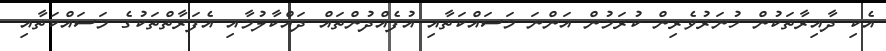
އެކި ދާއިރާތަކުން ހުނަރުވެރިން ކުރަމުން އަންނަ މަސައްކަތާއި އުފެއްދުންތައް ދައްކާލުމާއި އެފަރާތްތަކުގެ މަސައްކަތާއި